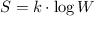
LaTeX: S = k \cdot \log W